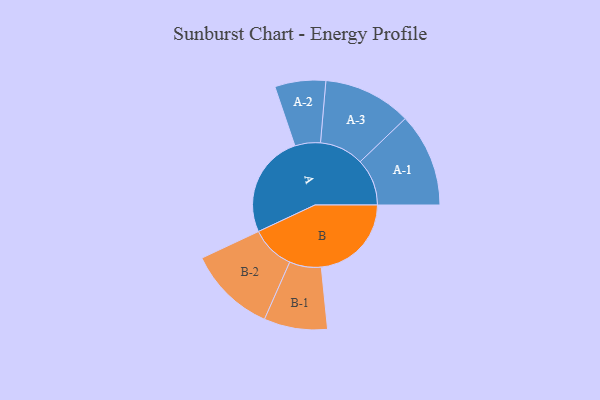
{"axis": {"x": "Segment", "y": "Value"}, "legend": ["", "A", "B"], "data": [{"x": "A", "y": 491, "type": ""}, {"x": "B", "y": 429, "type": ""}, {"x": "A-1", "y": 223, "type": "A"}, {"x": "A-2", "y": 121, "type": "A"}, {"x": "A-3", "y": 210, "type": "A"}, {"x": "B-1", "y": 151, "type": "B"}, {"x": "B-2", "y": 209, "type": "B"}]}